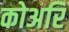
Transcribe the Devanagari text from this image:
कोअरि